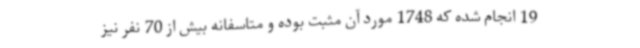
19 انجام شده که 1748 مورد آن مثبت بوده و متاسفانه بیش از 70 نفر نیز